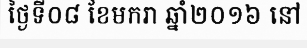
ថ្ងៃទី០៨ ខែមករា ឆ្នាំ២០១៦ នៅ